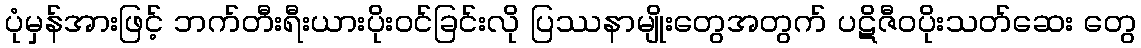
ပုံမှန်အားဖြင့် ဘက်တီးရီးယားပိုးဝင်ခြင်းလို ပြဿနာမျိုးတွေအတွက် ပဋိဇီဝပိုးသတ်ဆေး တွေ